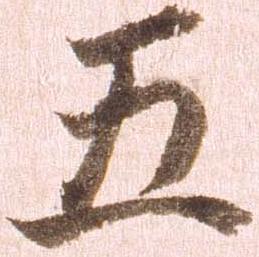
五